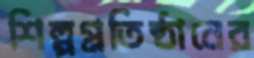
শিল্পপ্রতিষ্ঠানের